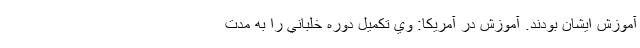
آموزش ايشان بودند. آموزش در آمريكا: وي تكميل دوره خلباني را به مدت